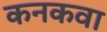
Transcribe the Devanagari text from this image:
कनकवा